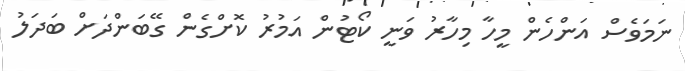
ނަމަވެސް އަންހެން މީހާ މިހާރު ވަނީ ކޯޓުން އަމުރު ކޮށްގެން ގޭބަންދަށް ބަދަލު